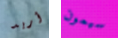
أريد سيمون